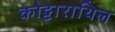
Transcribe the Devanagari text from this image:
कोट्टाराथिल